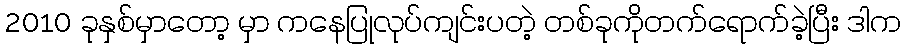
2010 ခုနှစ်မှာတော့ မှာ ကနေပြုလုပ်ကျင်းပတဲ့ တစ်ခုကိုတက်ရောက်ခဲ့ပြီး ဒါက